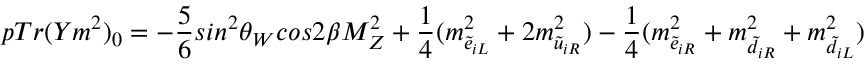
p T r ( Y m ^ { 2 } ) _ { 0 } = - \frac { 5 } { 6 } s i n ^ { 2 } \theta _ { W } c o s 2 \beta M _ { Z } ^ { 2 } + \frac { 1 } { 4 } ( m _ { \tilde { e } _ { i L } } ^ { 2 } + 2 m _ { \tilde { u } _ { i R } } ^ { 2 } ) - \frac { 1 } { 4 } ( m _ { \tilde { e } _ { i R } } ^ { 2 } + m _ { \tilde { d } _ { i R } } ^ { 2 } + m _ { \tilde { d } _ { i L } } ^ { 2 } )